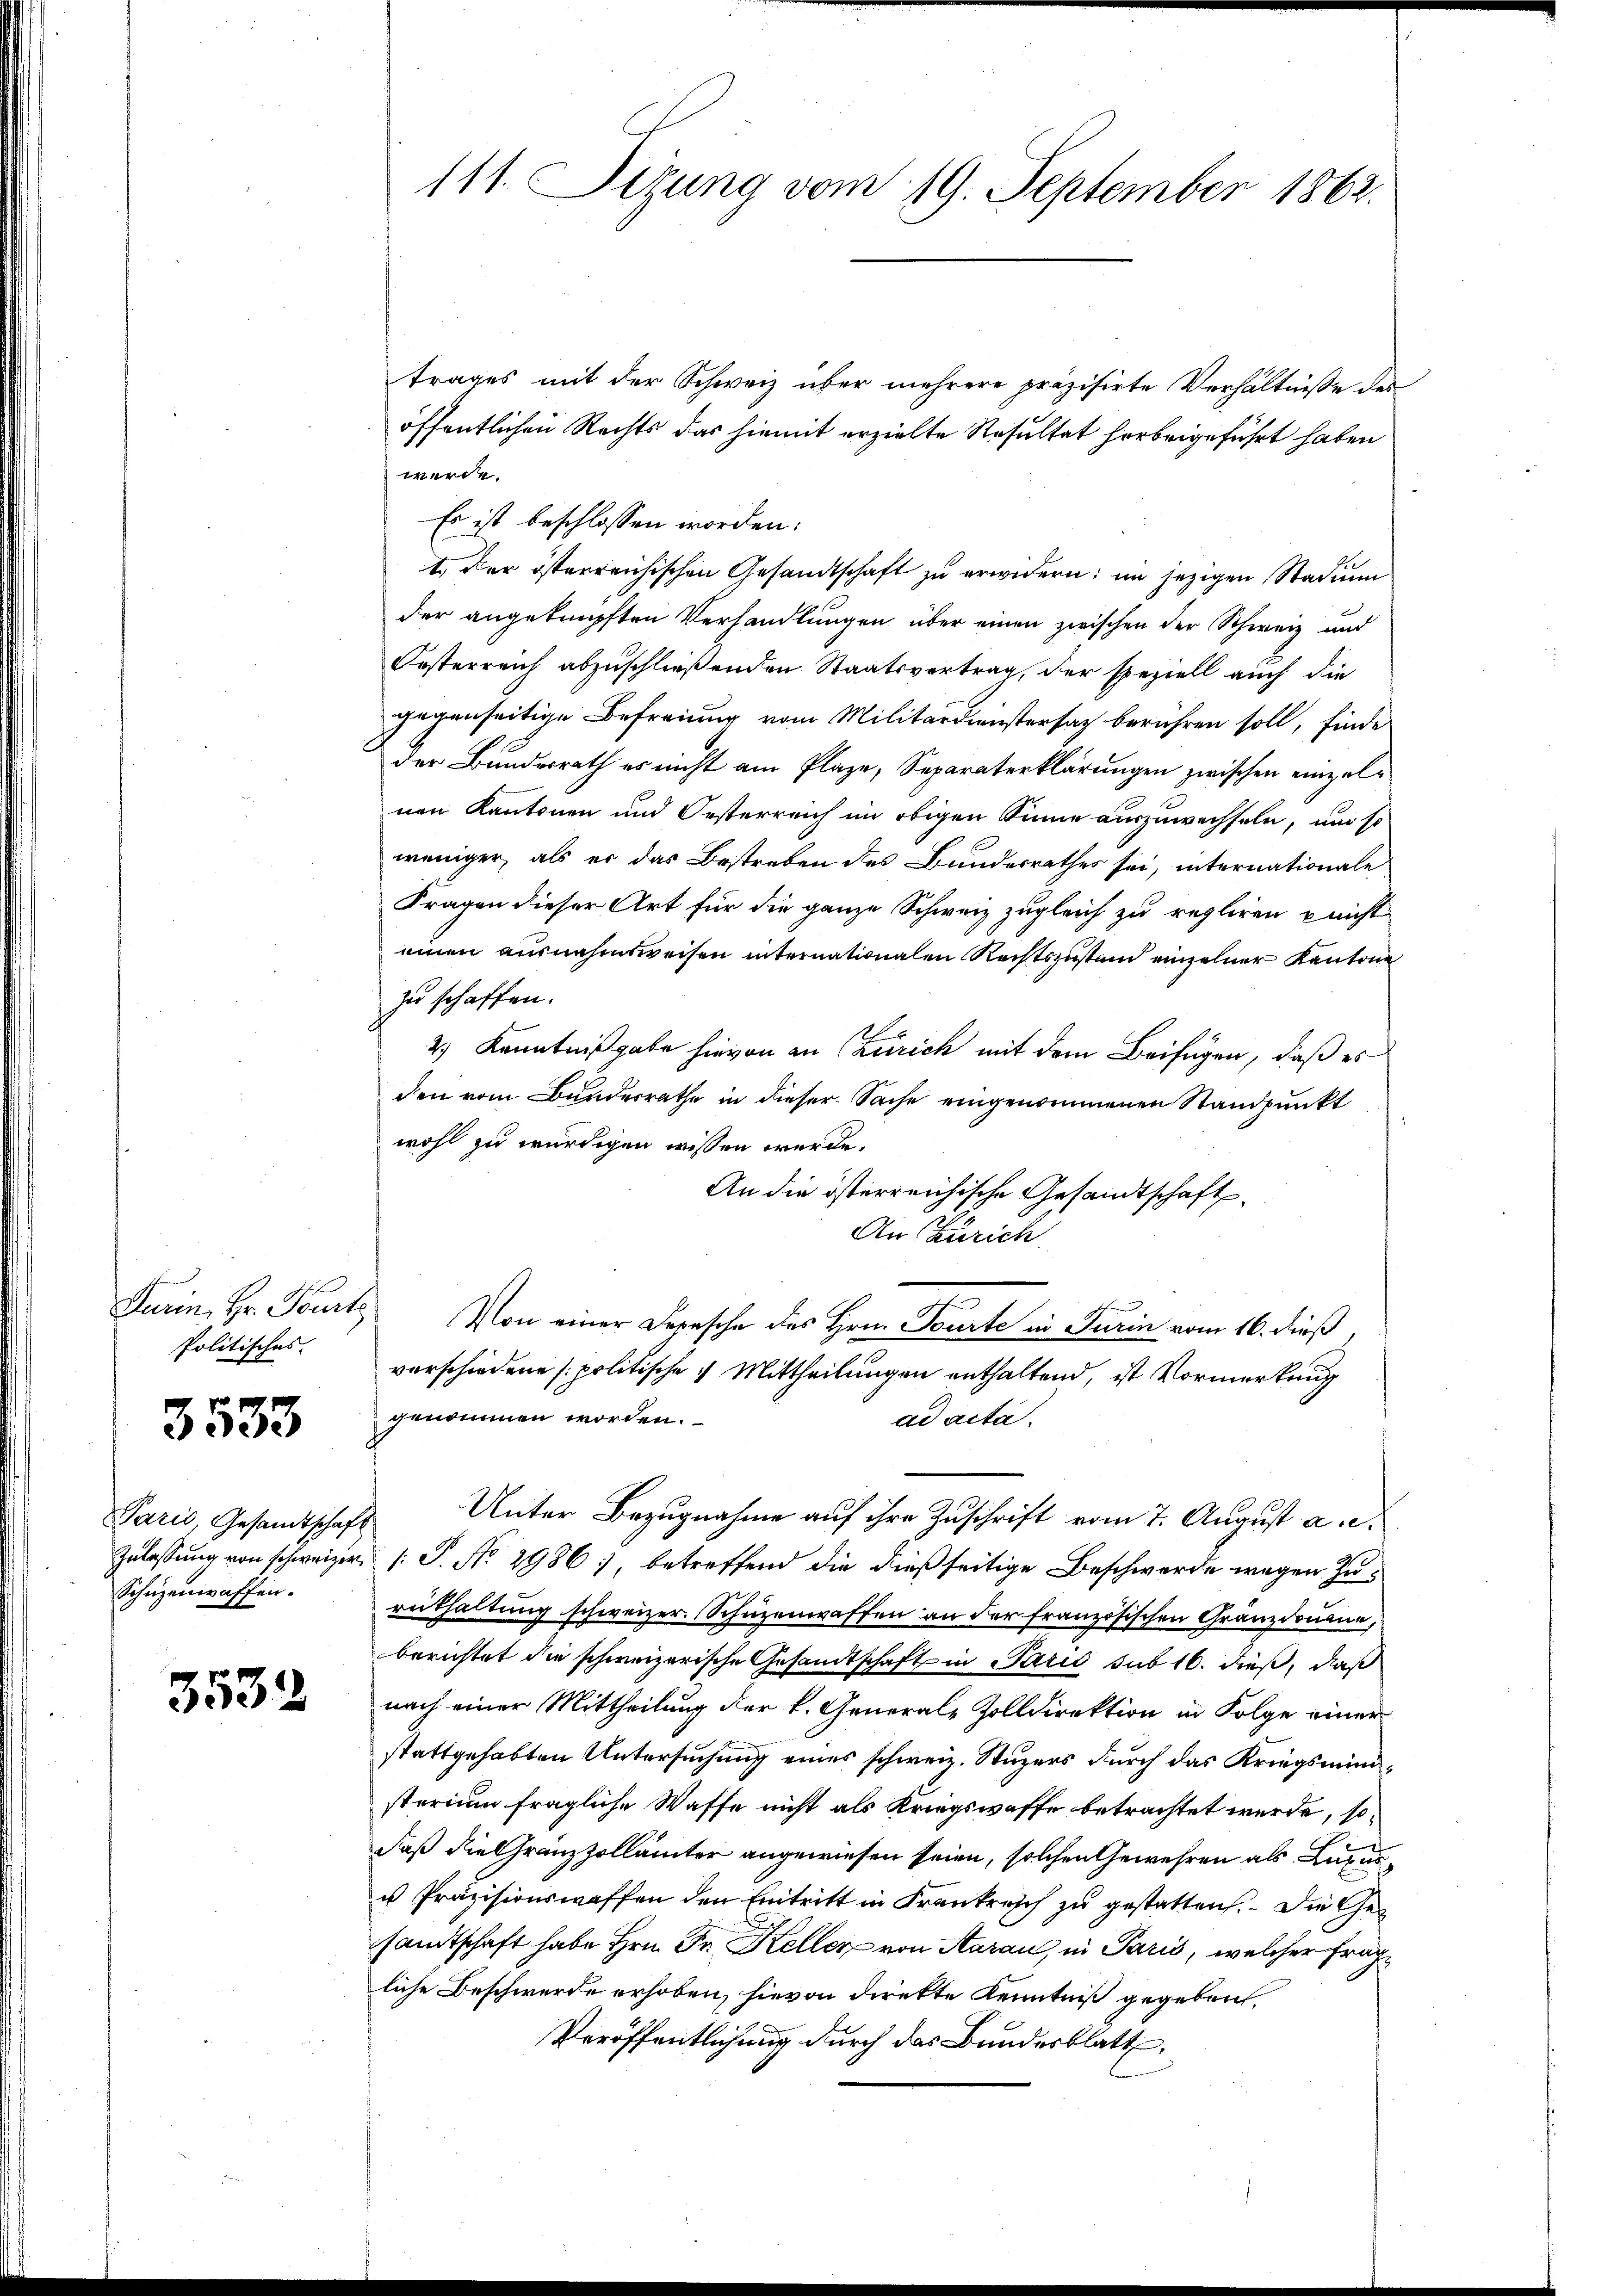
Politisches.

3533

Paris, Gesandtschaft
Zulassung von schweizer
Schüzenwaffen.

3532

111. Sizung vom 19. September 1862.

trages mit der Schweiz über mehrere präzisirte Verhältnisse des
öffentlichen Rechts das hiemit erzielte Resultat herbeigeführt haben
werde.
Es ist beschlossen worden.
t der österreichischen Gesandtschaft zu erwidern: im jezigen Stadin
der angeknüpften Verhandlungen über einen zwischen der Schweiz und
Kosterreich abzuschließenden Staatsvertrag, der speziell auch die
gegenseitige Befreiung vom Militärdienstersatz berühren soll, finde
der Bundesrath es nicht am Plaze, Separaterklärungen zwischen einzelnen Kantonen und Oesterreich im obigen Sinne auszuwechseln, um so
weniger, als er das Bestreben des Bundesrathes sei, internationale
Fragen dieser Art für die ganze Schweiz zugleich zu regliren nicht
einen ausnahmsweisen internationalen Rechtszustand einzelner Kantone
zu schaffen.
2.) Kenntnißgabe hievon an Czurich mit dem Beifügen, daß es
den vom Bundesrathe in dieser Sache eingenommenen Standpunkt
wohl zu würdigen wissen werde.
An die österreichische Gesandtschaft
An Zürich
Gurin, Hr. Tourt Von einer Depesche des Hrn. Beurte in Turin vom 16. dieß,
verschiedene politische 4 Mittheilungen enthaltend, ist Vormerkung
genommen worden.
ad acta.
 Unter Bezugnahme auf ihre Zuschrift vom 7. August a. c.
( P. No. 2986), betreffend die dießseitige Beschwerde wegen Zurnthaltung schweizer. Schüzenwaffen an der französischen Gränzdouane,
berichtet die schweizerische Gesandtschaft in Paris sub 16. dieß, daß
nach einer Mittheilung der k. Generale Zolldirektion in Folge einer
stattgehabten Untersuchung eines schweiz. Stuzers durch das Kriegsministerium fragliche Waffe nicht als Kriegswaffe betrachtet werde, sodaß die Gränzzollämter angewiesen seien, solchen Gewehren als Luxus¬
u Präzisionswaffen den Eintritt in Frankreich zu gestatten. Die Gesandtschaft habe Hrn. Fr. Keller von Aarau, in Paris, welcher fragliche Beschwerde erhoben, hievon direkte Kenntniß gegeben,
Veröffentlichung durch das Bundesblatt,